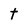
Character: t